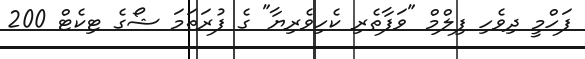
ފަހްމީ ދިވެހި ފިލްމް "ވަފާތެރި ކެހިވެރިޔާ" ގެ ފުރަތަމަ ޝޯގެ ޓިކެޓް 200